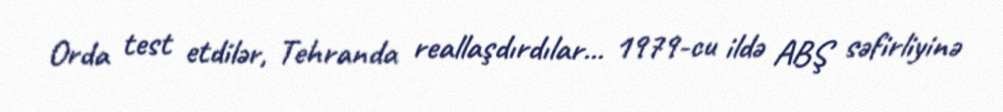
Orda test etdilər, Tehranda reallaşdırdılar... 1979-cu ildə ABŞ səfirliyinə